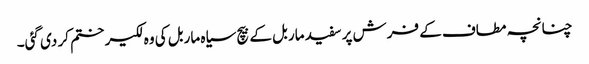
چنانچہ مطاف کے فرش پر سفید ماربل کے بیچ سیاہ ماربل کی وہ لکیر ختم کر دی گئی۔